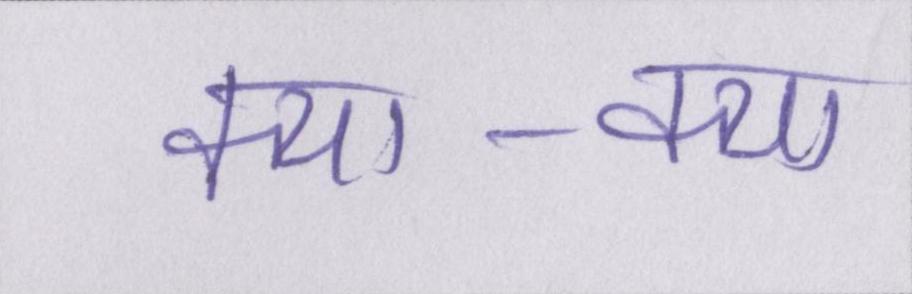
क्या-क्या